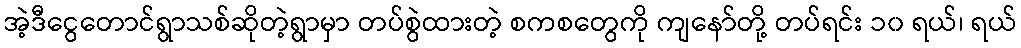
အဲ့ဒီငွေတောင်ရွာသစ်ဆိုတဲ့ရွာမှာ တပ်စွဲထားတဲ့ စကစတွေကို ကျနော်တို့ တပ်ရင်း ၁၀ ရယ်၊ ရယ်